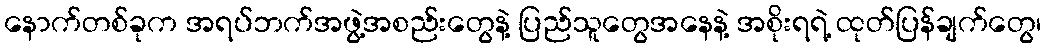
နောက်တစ်ခုက အရပ်ဘက်အဖွဲ့အစည်းတွေနဲ့ ပြည်သူတွေအနေနဲ့ အစိုးရရဲ့ ထုတ်ပြန်ချက်တွေ၊